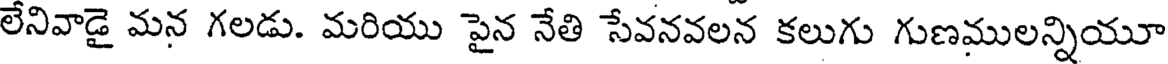
లేనివాడై మన గలడు. మరియు పైన నేతి సేవనవలన కలుగు గుణములన్నియూ